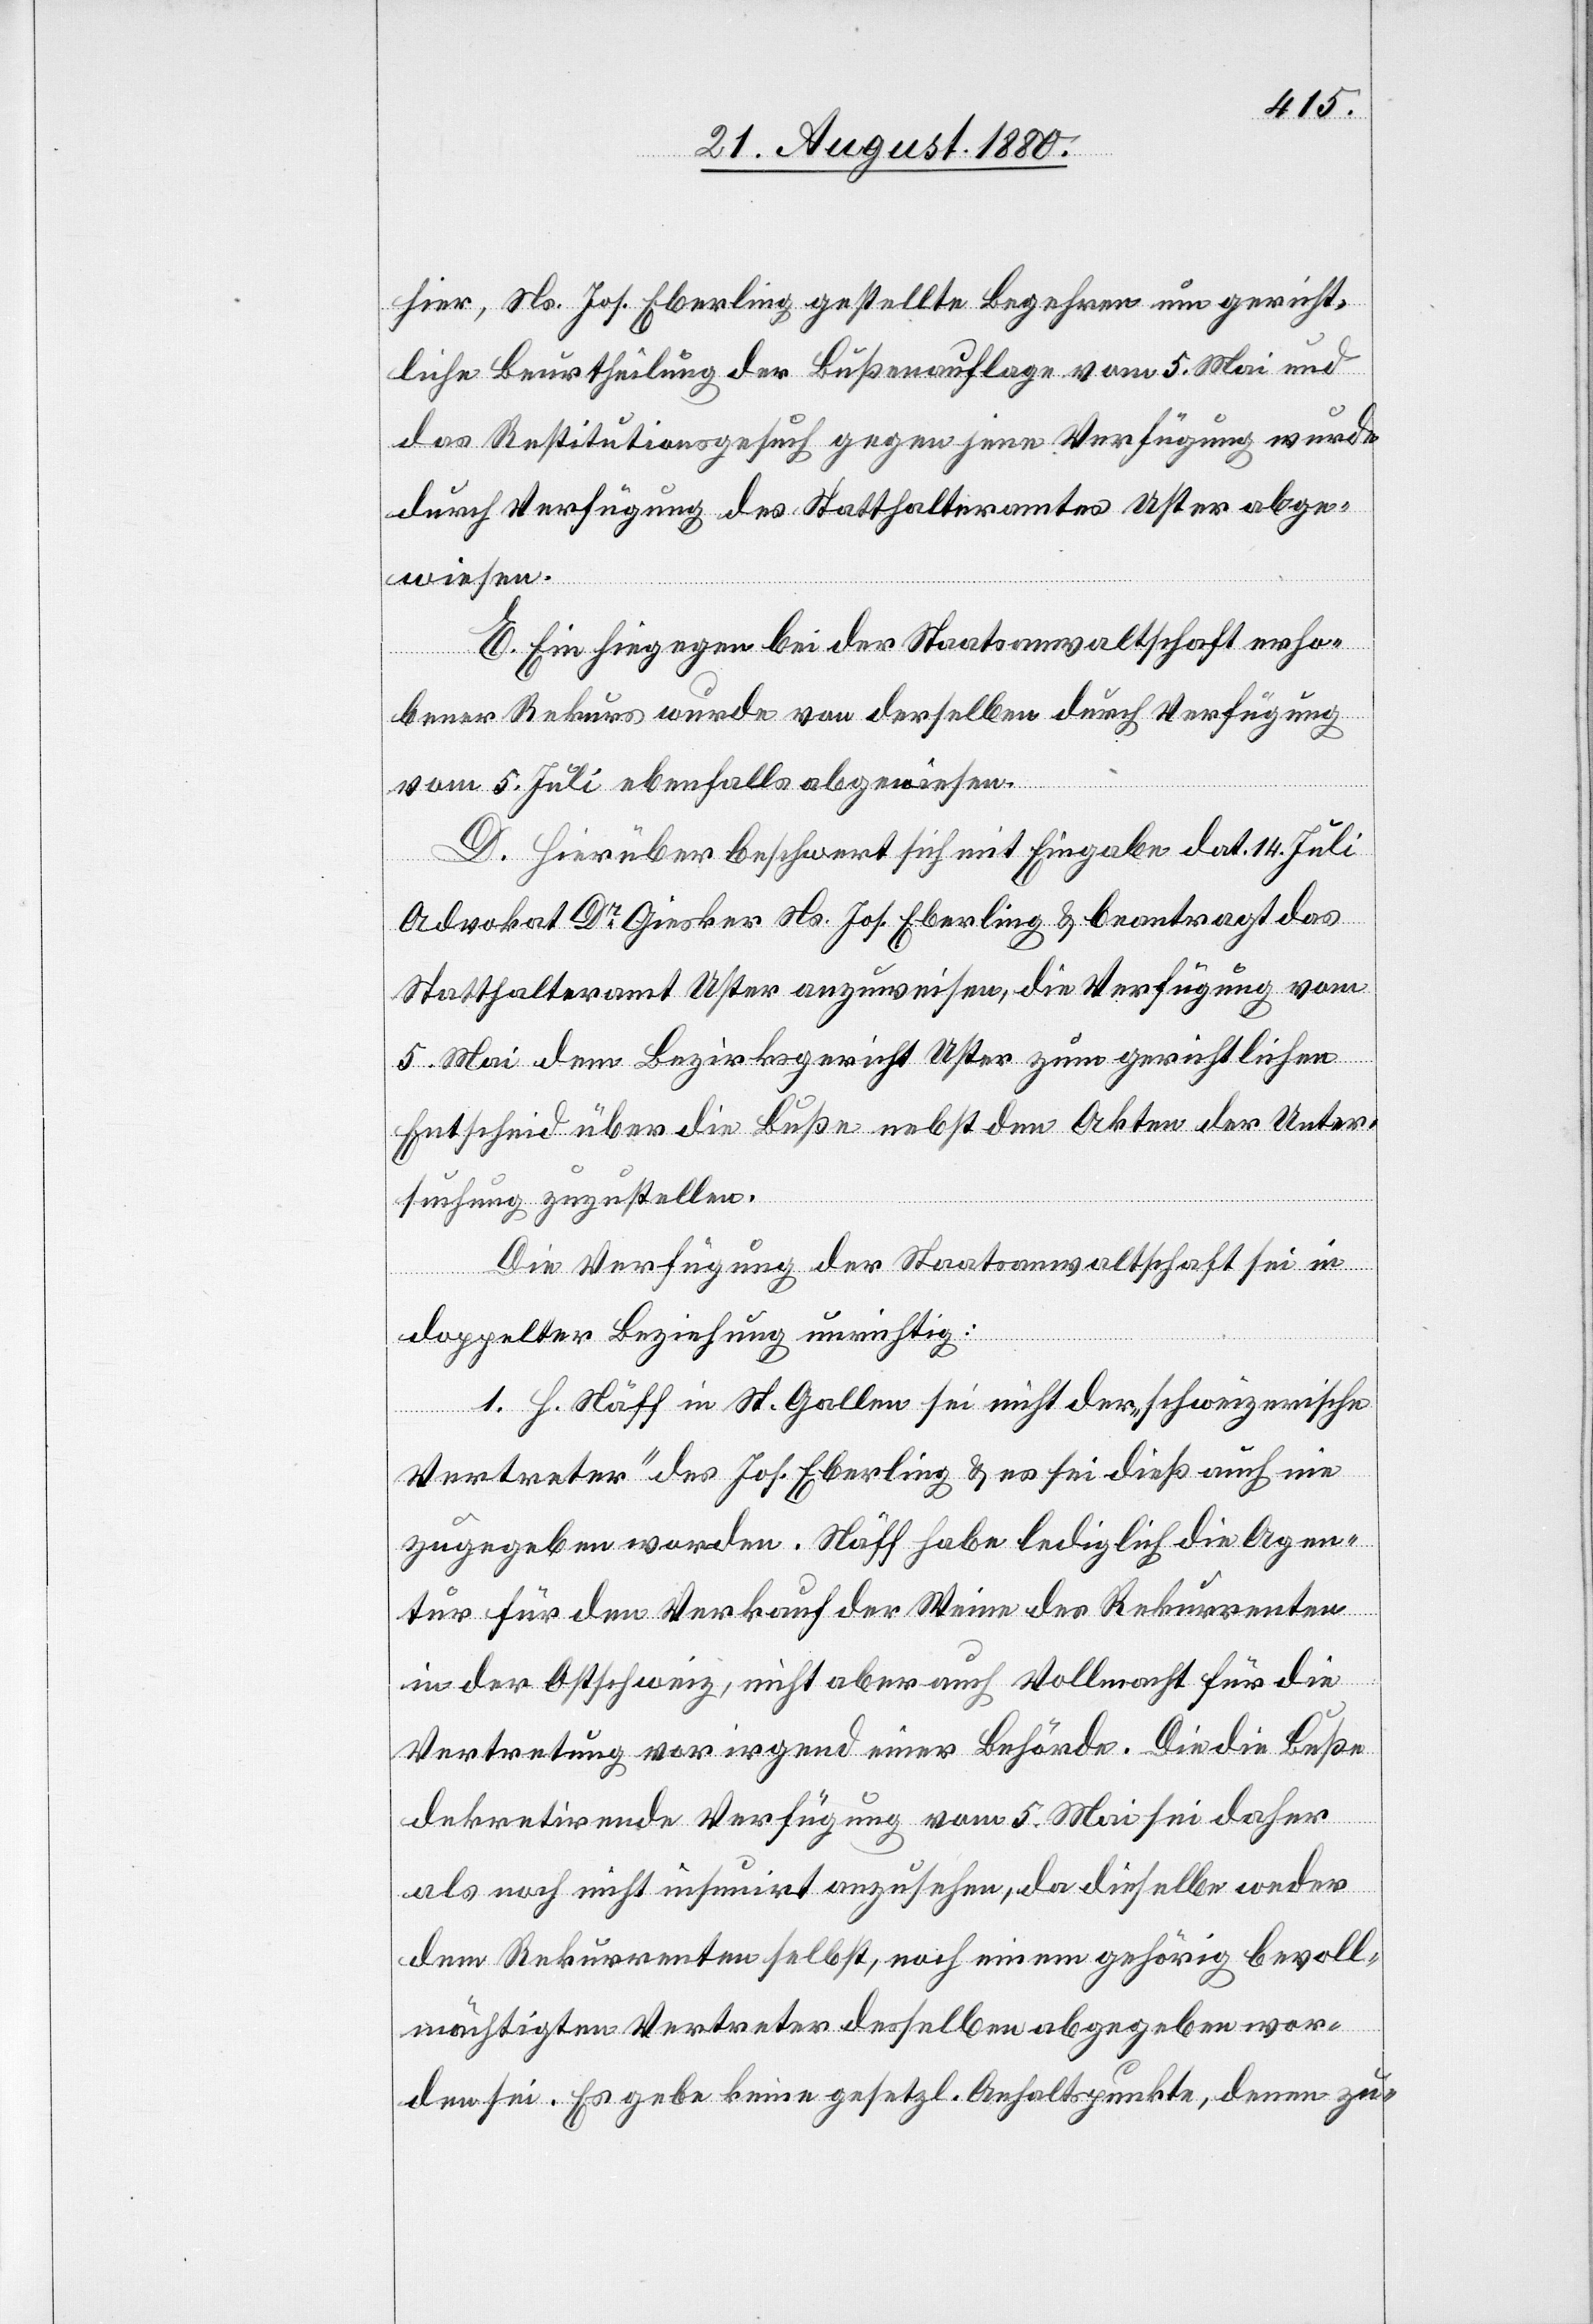
hier, Ns. Jos. Eberling gestellte Begehren um gericht¬
liche Beurtheilung der Bußenauflage vom 5. Mai und
das Restitutionsgesuch gegen jene Verfügung wurde
durch Verfügung des Statthalteramtes Uster abge¬
wiesen.
C. Ein hingegen bei der Staatsanwaltschaft erho¬
bener Rekurs wurde von derselben durch Verfügung
vom 5. Juli ebenfalls abgewiesen.
D. Hierüber beschwert sich mit Eingabe dat. 14. Juli
Advokat Dr Giesker Ns. Jos. Eberling & beantragt das
Statthalteramt Uster anzuweisen, die Verfügung vom
5. Mai dem Bezirksgericht Uster zum gerichtlichen
Entscheid über die Buße nebst den Akten der Unter¬
suchung zuzustellen.
Die Verfügung der Staatsanwaltschaft sei in
doppelter Beziehung unrichtig:
1. H. Näff in St. Gallen sei nicht der schweizerische
[„]Vertreter“ des Jos. Eberling & es sei dieß auch nie
zugegeben worden. Näff habe lediglich die Agen¬
tur für den Verkauf der Weine des Rekurrenten
in der Ostschweiz, nicht aber auch Vollmacht für die
Vertretung vor irgend einer Behörde. Die die Buße
dekretirende Verfügung vom 5. Mai sei daher
als noch nicht insumirt anzusehen, da dieselbe weder
dem Rekurrenten selbst, noch einem gehörig bevoll¬
mächtigten Vertreter desselben abgegeben wor¬
den sei. Es gebe keine gesetzl. Anhaltspunkte, denen zu-